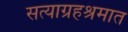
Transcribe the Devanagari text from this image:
सत्याग्रहश्रमात